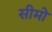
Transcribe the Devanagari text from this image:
सीमो